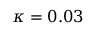
\kappa = 0 . 0 3